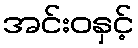
အင်းဝနှင့်